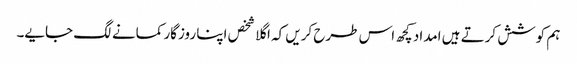
ہم کوشش کرتے ہیں امداد کچھ اس طرح کریں کہ اگلا شخص اپنا روزگار کمانے لگ جایے۔